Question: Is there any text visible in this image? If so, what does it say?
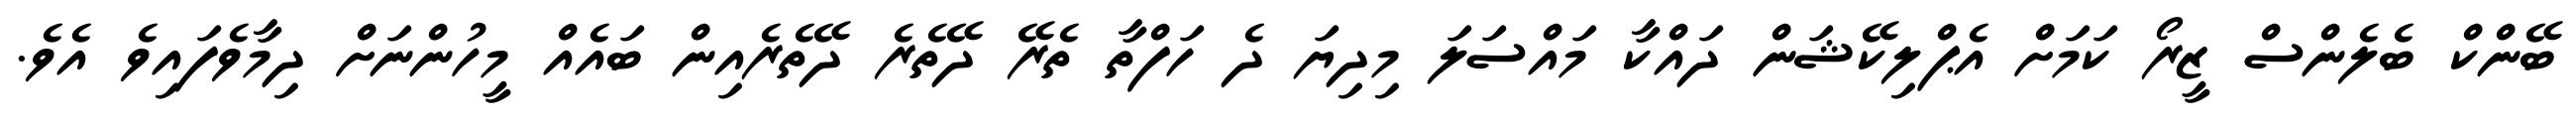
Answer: ބޭންކް ބެލެންސް ޒީރޯ ކަމަށް އެޕްލިކޭޝަން ދައްކާ މައްސަލަ މިދިޔަ ދެ ހަފްތާ ތެރޭ ދޭތެރެ ދޭތެރެއިން ބައެއް މީހުންނަށް ދިމާވެފައިވެ އެވެ.